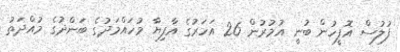
ފުލުސް އޮފީހުން ބުނީ އުމުރުން 26 އަހަރުގެ އާފިޔާ މުހައްމަދުގެ ބަންދުގެ މުއްދަތު